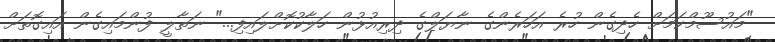
"މައުސޫމްކަމަށް ހެދިގެން ހުރެ އަހަރެންގެ ނާޔަލްގެ ދިރިއުޅުން ހަލާކުކޮށްލައިފި..." ނަތާލީ ފުންމައިގެން އައިގޮތަށް